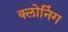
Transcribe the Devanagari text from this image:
क्‍लोनिंग